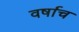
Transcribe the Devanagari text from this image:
वर्षाच